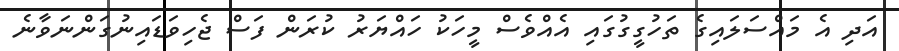
އަދި އެ މައްސަލައިގެ ތަހުގީގުގައި އެއްވެސް މީހަކު ހައްޔަރު ކުރަން ފަސް ޖެހިވަޑައިނުގަންނަވާނެ